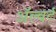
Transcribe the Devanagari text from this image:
अॅल्बर्ट